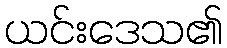
ယင်းဒေသ၏